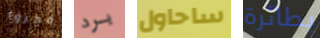
فجروا برد ساحاول بطائرة